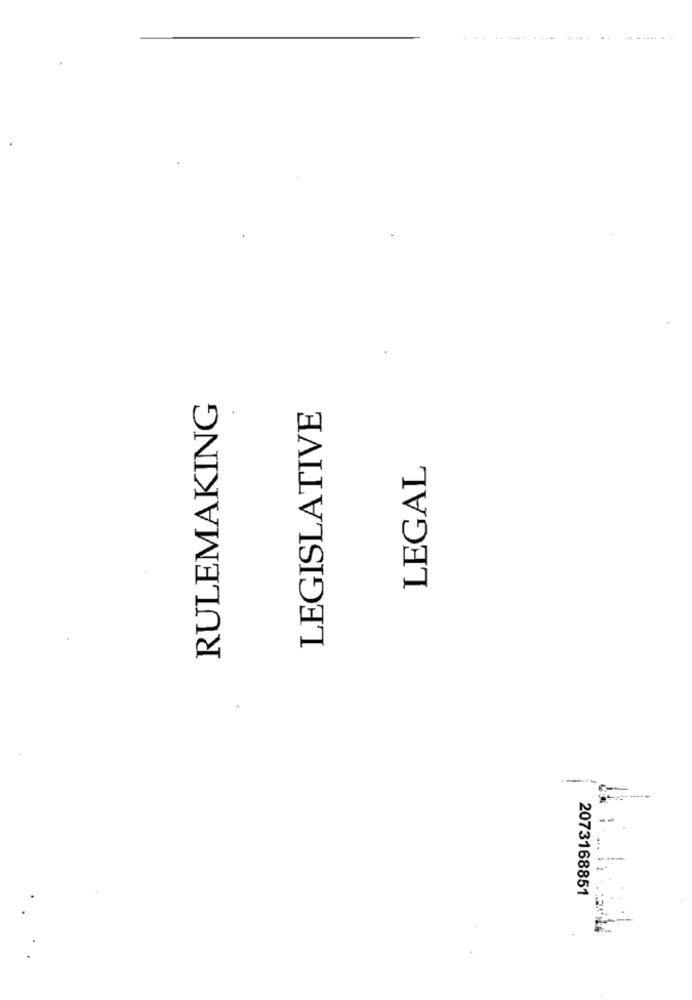
....
RULEMAKING
LEGISLATIVE
LEGAL
2073168851